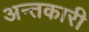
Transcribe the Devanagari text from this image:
अन्तकारी